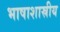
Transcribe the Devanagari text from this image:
भाषाशास्रीय